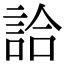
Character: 詥